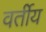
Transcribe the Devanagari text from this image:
वर्तीय